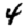
Digit: 4